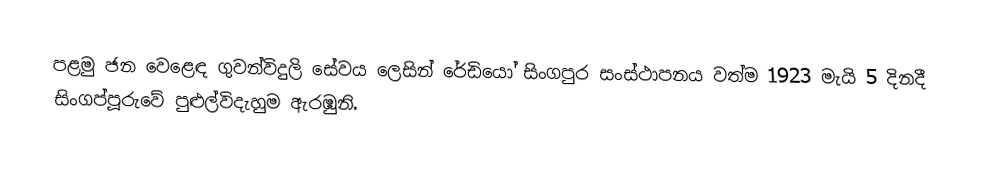
පළමු ජන වෙළෙඳ ගුවන්විදුලි සේවය ලෙසින් රේඩියෝ සිංගපුර සංස්ථාපනය වත්ම  1923 මැයි 5 දිනදී  සිංගප්පූරුවේ පුළුල්විදැහුම ඇරඹුනි.